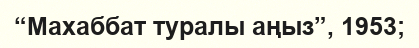
“Махаббат туралы аңыз”, 1953;